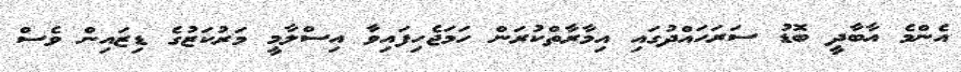
އެންމެ އާބާދީ ބޮޑު ސަރަހައްދުގައި އިމާރާތްކުރަން ހަމަޖެހިފައިވާ އިސްލާމީ މަރުކަޒުގެ ޑިޒައިން ވެސް